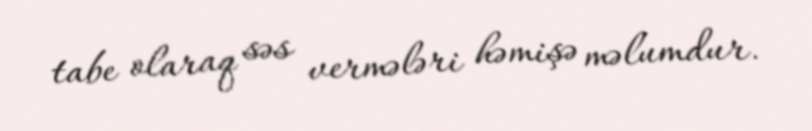
tabe olaraq səs vermələri həmişə məlumdur.